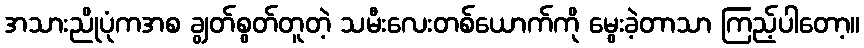
အသားညိုပုံကအစ ချွတ်စွတ်တူတဲ့ သမီးလေးတစ်ယောက်ကို မွေးခဲ့တာသာ ကြည့်ပါတော့။